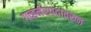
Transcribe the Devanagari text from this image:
गव्हर्नरपदावरून